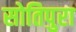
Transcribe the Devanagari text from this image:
सोतिपुरा